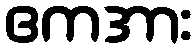
ဧကအား